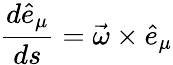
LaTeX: \frac{d\hat{e}_{\mu}}{ds}=\vec{\omega}\times\hat{e}_{\mu}